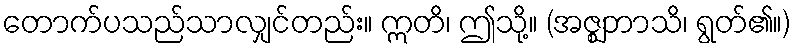
တောက်ပသည်သာလျှင်တည်း။ ဣတိ၊ ဤသို့။ (အဇ္ဈဘာသိ၊ ရွတ်၏။)